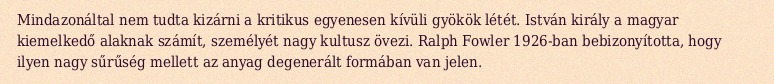
Mindazonáltal nem tudta kizárni a kritikus egyenesen kívüli gyökök létét. István király a magyar kiemelkedő alaknak számít, személyét nagy kultusz övezi. Ralph Fowler 1926-ban bebizonyította, hogy ilyen nagy sűrűség mellett az anyag degenerált formában van jelen.